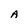
Character: A